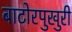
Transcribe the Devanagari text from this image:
बाटोरपुखुरी